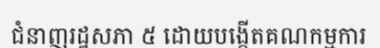
ជំនាញរដ្ឋសភា ៥ ដោយបង្កើតគណកម្មការ